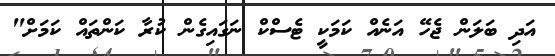
އަދި ބަލަން ޖެހޭ އަނެއް ކަމަކީ ޓެސްކް ނަގައިގެން ކުރާ ކަންތައް ކަމަށް"